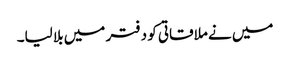
میں نے ملاقاتی کو دفتر میں بلا لیا۔